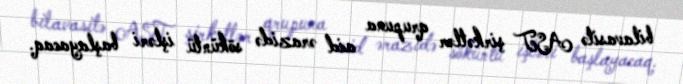
bilavasitə AST şirkətlər qrupuna aid ərazidə söküntü işləri başlayacaq.